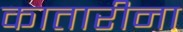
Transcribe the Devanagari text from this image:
कातारीना